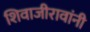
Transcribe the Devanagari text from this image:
शिवाजीरावांनी